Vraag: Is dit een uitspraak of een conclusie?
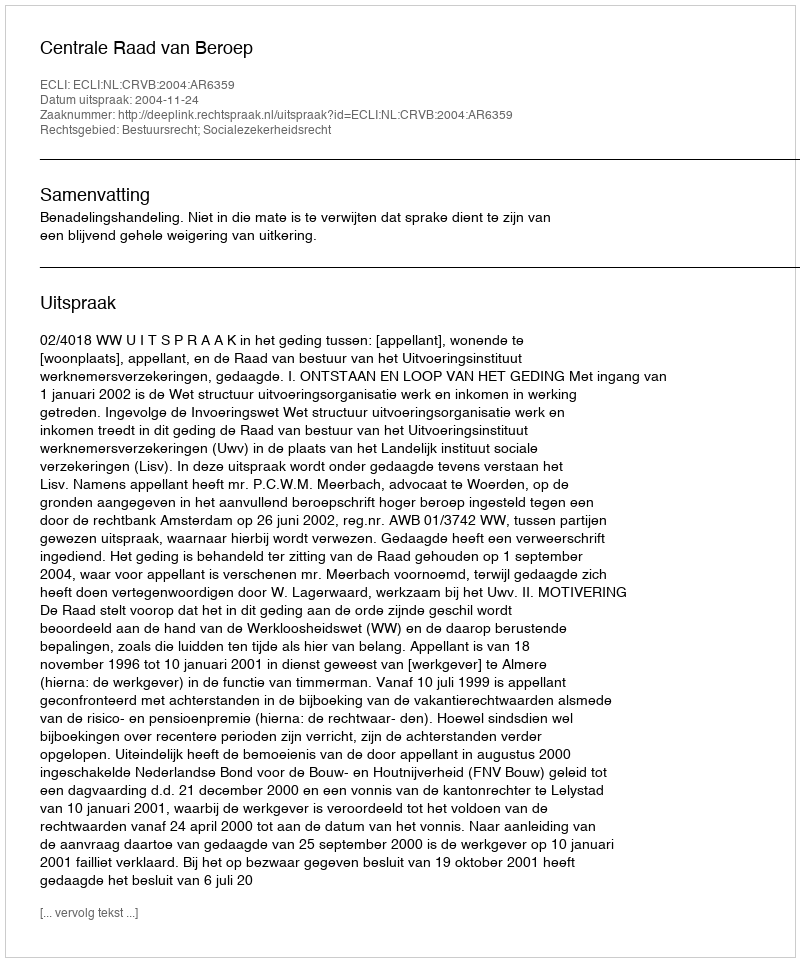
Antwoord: Uitspraak